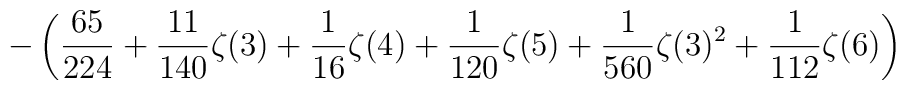
\displaystyle-\left(\frac{65}{224}+\frac{11}{140}\zeta(3)+\frac{1}{16}\zeta(4)+\frac{1}{120}\zeta(5)+\frac{1}{560}\zeta(3)^2+\frac{1}{112}\zeta(6)\right)